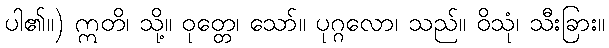
ပါ၏။) ဣတိ၊ သို့။ ဝုတ္တေ၊ သော်။ ပုဂ္ဂလော၊ သည်။ ဝိသုံ၊ သီးခြား။